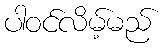
ပါဝင်လိမ့်မည်